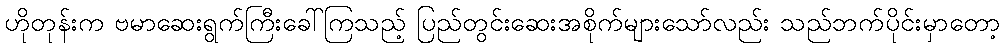
ဟိုတုန်းက ဗမာဆေးရွက်ကြီးခေါ်ကြသည့် ပြည်တွင်းဆေးအစိုက်များသော်လည်း သည်ဘက်ပိုင်းမှာတော့